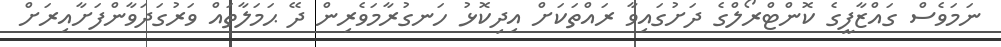
ނަމަވެސް ގައްޒާފީގެ ކޮންޓްރޯލްގެ ދަށުގައިވާ ރައްތަކަށް އިދިކޮޅު ހަނގުރާމަވެރިން ދޭ ޙަމަލާތައް ވަރުގަދަވާންފަށާއިރަށް